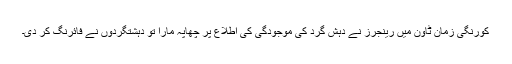
کورنگی زمان ٹاون میں رینجرز نے دہش گرد کی موجودگی کی اطلاع پر چھاپہ مارا تو دہشتگردوں نے فائرنگ کر دی۔